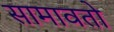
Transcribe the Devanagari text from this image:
सामावतो